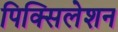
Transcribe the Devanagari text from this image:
पिक्सिलेशन